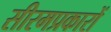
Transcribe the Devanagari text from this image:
सीरमप्रकारों